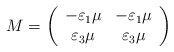
\begin{align*}M=\left( \begin{array}{cc}-\varepsilon_1\mu &-\varepsilon_1\mu\\\varepsilon_3\mu &\varepsilon_{3}\mu\end{array}\right) \end{align*}